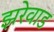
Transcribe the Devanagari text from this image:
झरेवाड